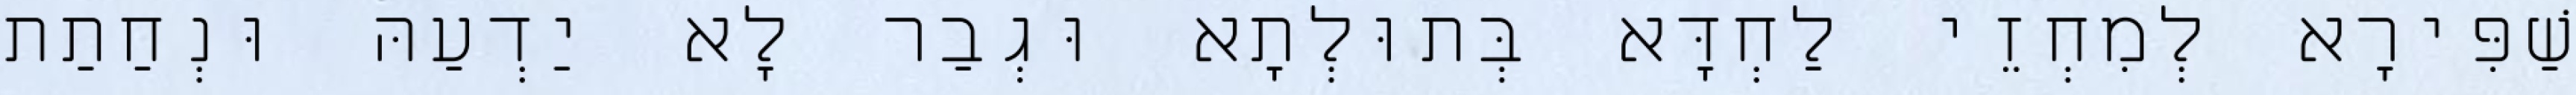
שַׁפִּירָא לְמִחְזֵי לַחְדָּא בְּתוּלְתָא וּגְבַר לָא יַדְעַהּ וּנְחַתַת